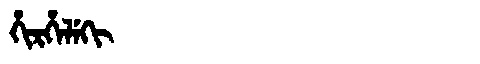
Manchu: ᡥᡳᡵᡥᡝᠯᡝᡴᡳ
Romanization: HIRHELEKI